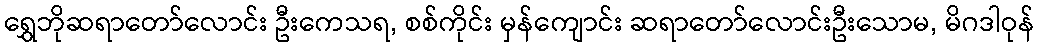
ရွှေဘိုဆရာတော်လောင်း ဦးကေသရ, စစ်ကိုင်း မှန်ကျောင်း ဆရာတော်လောင်းဦးသောမ, မိဂဒါဝုန်